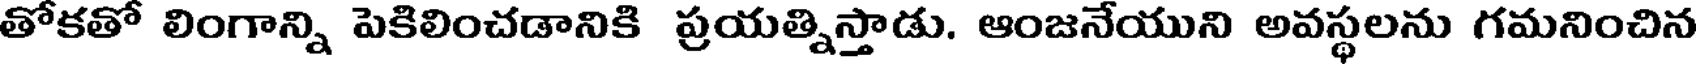
తోకతో లింగాన్ని పెకిలించడానికి ప్రయత్నిస్తాడు. ఆంజనేయుని అవస్థలను గమనించిన